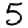
Digit: 5